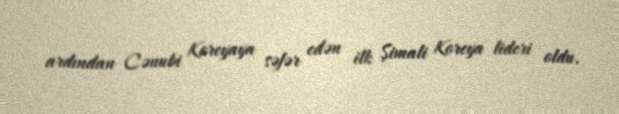
ardından Cənubi Koreyaya səfər edən ilk Şimali Koreya lideri oldu.